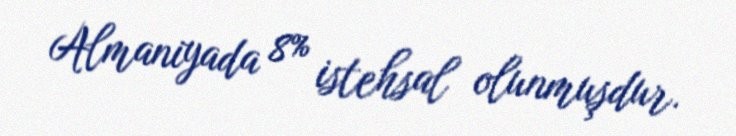
Almaniyada 8% istehsal olunmuşdur.